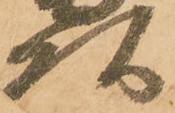
頭